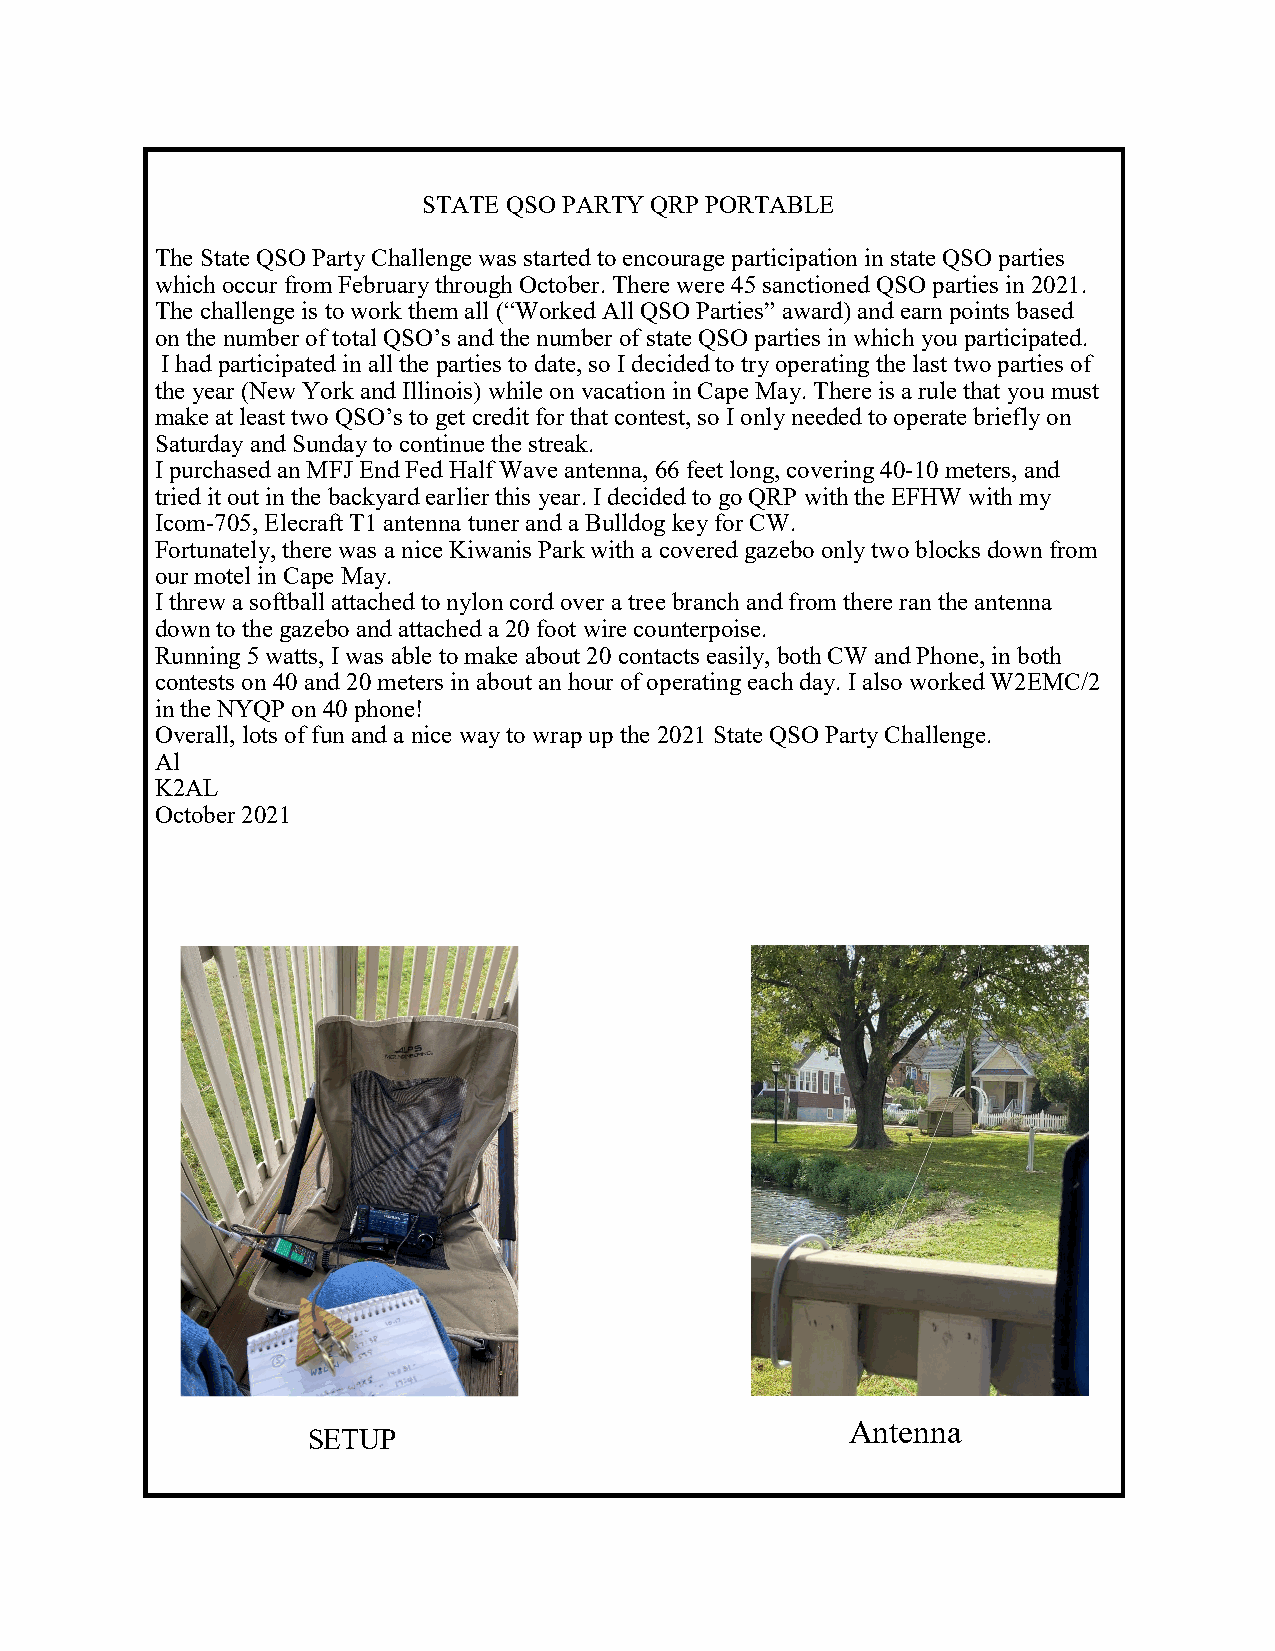
STATE QSO PARTY QRP PORTABLE
 The State QSO Party Challenge was started to encourage participation in state QSO parties
 which occur from February through October. There were 45 sanctioned QSO parties in 2021.
 The challenge is to work them all (“Worked All QSO Parties” award) and earn points based
 on the number of total QSO’s and the number of state QSO parties in which you participated.
 I had participated in all the parties to date, so I decided to try operating the last two parties of
 the year (New York and Illinois) while on vacation in Cape May. There is a rule that you must
 make at least two QSO’s to get credit for that contest, so I only needed to operate briefly on
 Saturday and Sunday to continue the streak.
 I purchased an MFJ End Fed Half Wave antenna, 66 feet long, covering 40-10 meters, and
 tried it out in the backyard earlier this year. I decided to go QRP with the EFHW with my
 Icom-705, Elecraft T1 antenna tuner and a Bulldog key for CW.
 Fortunately, there was a nice Kiwanis Park with a covered gazebo only two blocks down from
 our motel in Cape May.
 I threw a softball attached to nylon cord over a tree branch and from there ran the antenna
 down to the gazebo and attached a 20 foot wire counterpoise.
 Running 5 watts, I was able to make about 20 contacts easily, both CW and Phone, in both
 contests on 40 and 20 meters in about an hour of operating each day. I also worked W2EMC/2
 in the NYQP on 40 phone!
 Overall, lots of fun and a nice way to wrap up the 2021 State QSO Party Challenge.
 Al
 K2AL
 October 2021
 Antenna
 SETUP